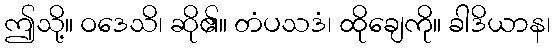
ဤသို့။ ဝဒေသိ၊ ဆို၏။ တံပသဒံ၊ ထိုချေကို။ ခါဒိယာန၊